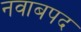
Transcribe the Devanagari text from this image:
नवाबपद